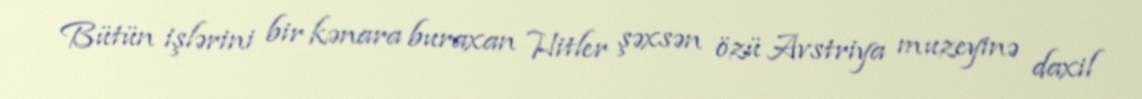
Bütün işlərini bir kənara buraxan Hitler şəxsən özü Avstriya muzeyinə daxil